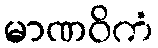
မာဏဝိကံ